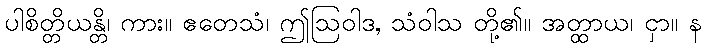
ပါစိတ္တိယန္တိ၊ ကား။ ဧတေသံ၊ ဤဩဝါဒ, သံဝါသ တို့၏။ အတ္ထာယ၊ ငှာ။ န